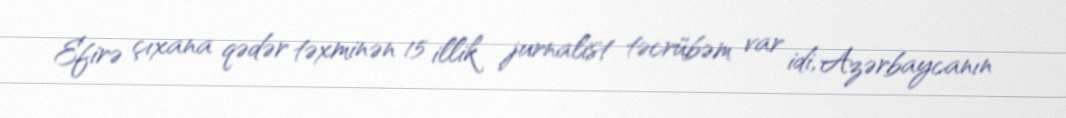
Efirə çıxana qədər təxminən 15 illik jurnalist təcrübəm var idi, Azərbaycanın